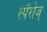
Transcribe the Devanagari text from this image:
स्पॅरोज्